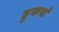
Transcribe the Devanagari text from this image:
हुकर्स